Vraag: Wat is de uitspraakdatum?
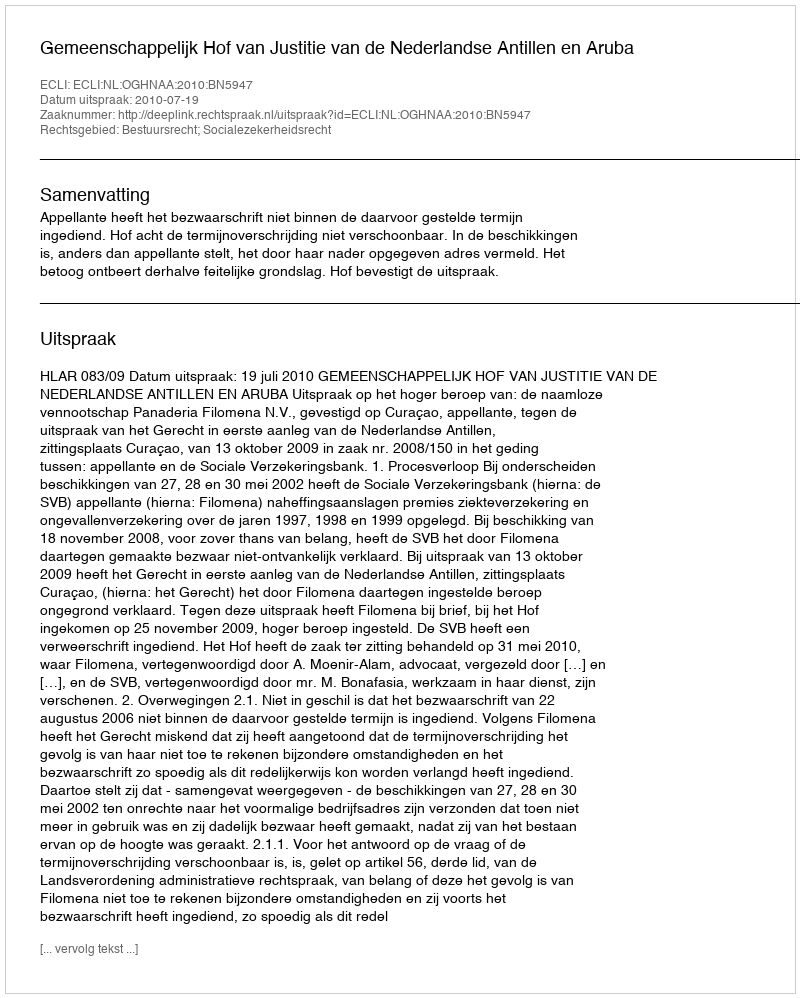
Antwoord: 2010-07-19